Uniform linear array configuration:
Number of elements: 48
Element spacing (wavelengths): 1
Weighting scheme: binomial
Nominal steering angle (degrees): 30
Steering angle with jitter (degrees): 28.574
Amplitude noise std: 0.05
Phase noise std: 0.05

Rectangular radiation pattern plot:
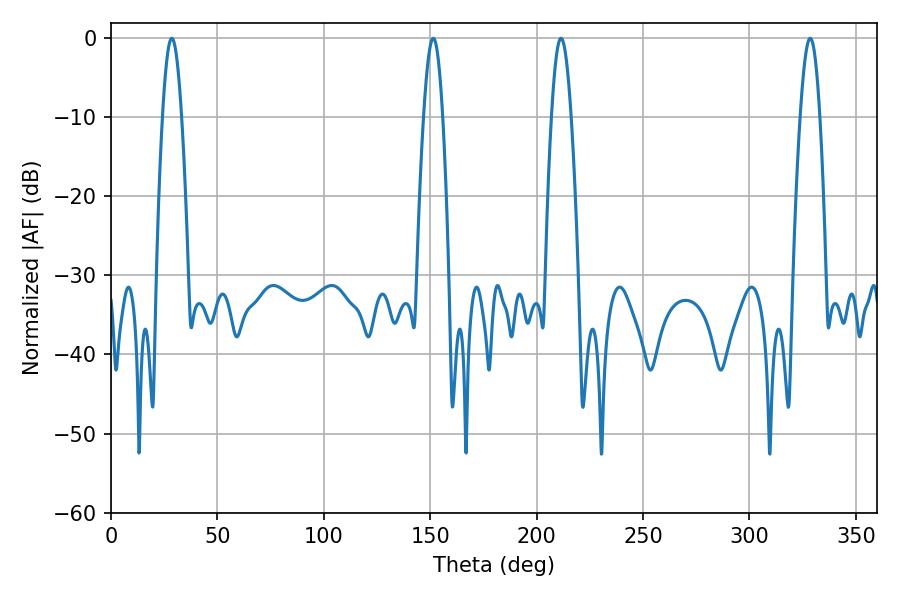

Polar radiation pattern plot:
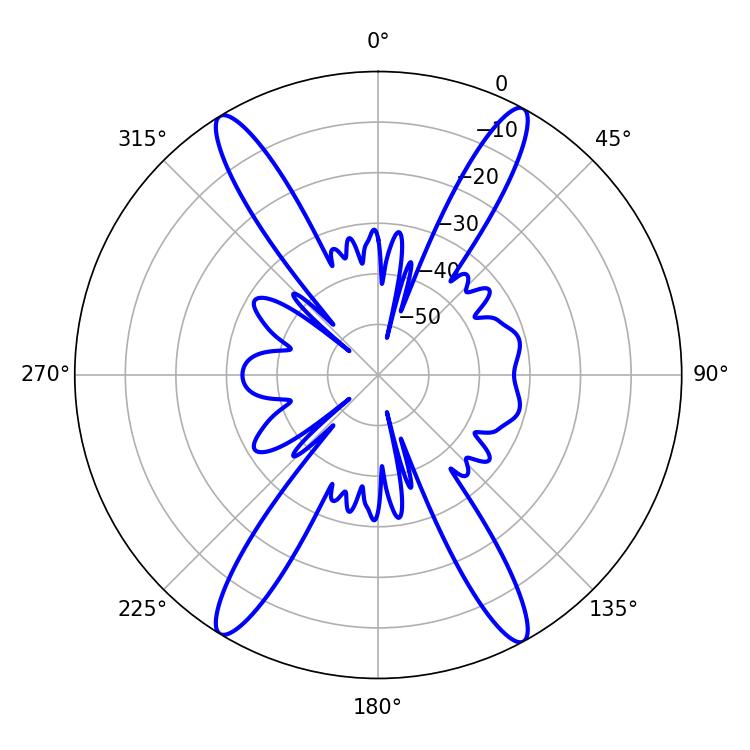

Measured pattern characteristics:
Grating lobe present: TRUE
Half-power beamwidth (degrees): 5.04
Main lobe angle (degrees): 328.5